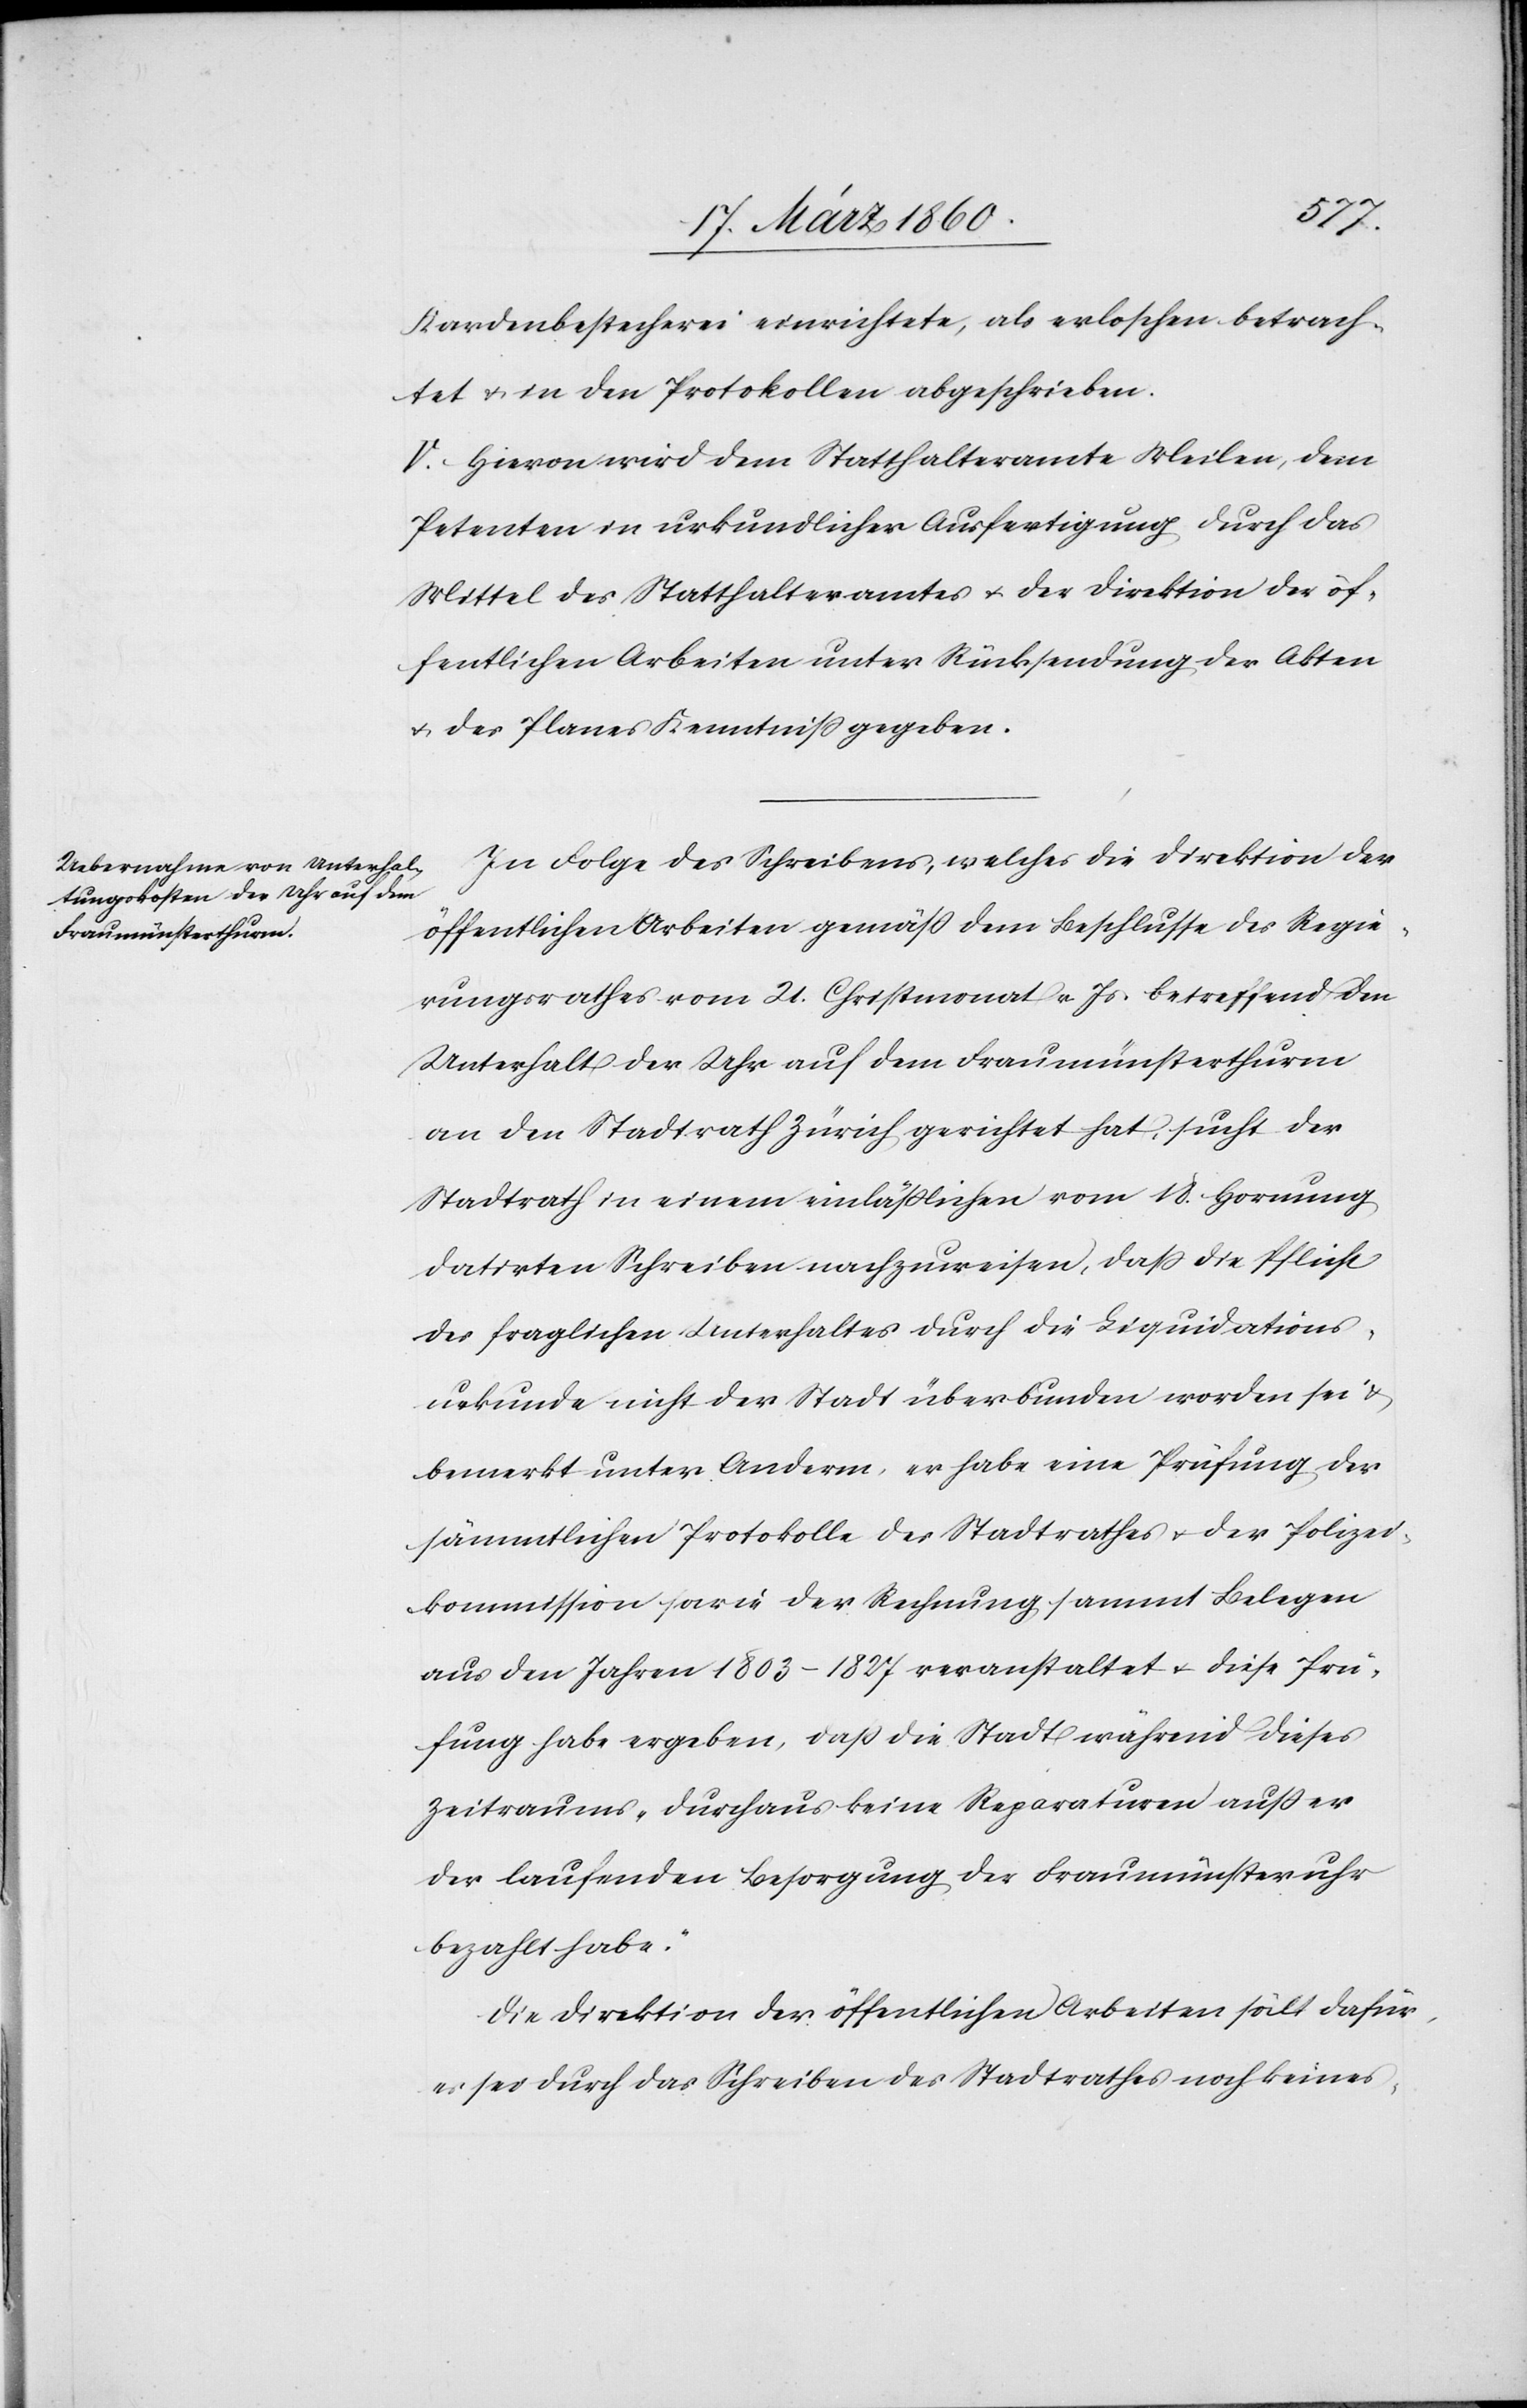
Kardenbestecherei einrichtete, als erloschen betrach¬
tet u. in den Protokollen abgeschrieben.
V. Hievon wird dem Statthalteramte Meilen, dem
Petenten in urkundlicher Ausfertigung durch das
Mittel des Statthalteramtes u. der Direktion der öf¬
fentlichen Arbeiten unter Rücksendung der Akten
u. des Planes Kenntniß gegeben.
In Folge des Schreibens, welches die Direktion der
öffentlichen Arbeiten gemäss dem Beschlusse des Regie¬
rungsrathes vom 21. Christmonat v. Js. betreffend den
Unterhalt der Uhr auf dem Fraumünsterthurm
an den Stadtrath Zürich gerichtet hat, sucht der
Stadtrath in einem einlässlichen vom 18. Hornung
datirten Schreiben nachzuweisen, dass die Pflicht
des fraglichen Unterhaltes durch die Liquidations¬
urkunde nicht der Stadt überbunden worden sei u.
bemerkt unter Anderm, er habe eine Prüfung der
sämmtlichen Protokolle des Stadtrathes u. der Polizei¬
kommission sowie der Rechnung sammt Belegen
aus den Jahren 1803–1827 veranstaltet u. diese Prü¬
fung habe ergeben, dass die Stadt während dieses
Zeitraums „durchaus keine Reparaturen ausser
der laufenden Besorgung der Fraumünsteruhr
bezahlt habe.“
Die Direktion der öffentlichen Arbeiten hält dafür,
es sei durch das Schreiben des Stadtrathes noch keines-